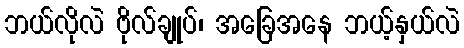
ဘယ်လိုလဲ ဗိုလ်ချုပ်၊ အခြေအနေ ဘယ့်နှယ်လဲ